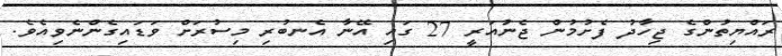
ރައްޔިތުންގެ ޖިހާދު ފެށުމުން ޖެނުއަރީ 27 ގައި އޭނާ އެނބުރި މިސުރަށް ވަޑައިގެންނެވިއެވެ.